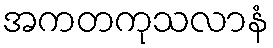
အကတကုသလာနံ